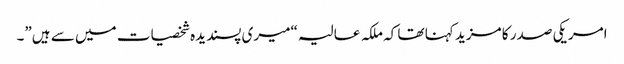
امریکی صدر کا مزید کہنا تھا کہ ملکہ عالیہ “میری پسندیدہ شخصیات میں سے ہیں”۔